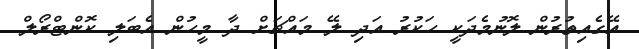
އޭގެއިތުރުން ލޮނުމެދަކީ ހަކުރު އަދި ލޭ މައްޗަށް ދާ މީހުން އެބަލި ކޮންޓްރޯލް